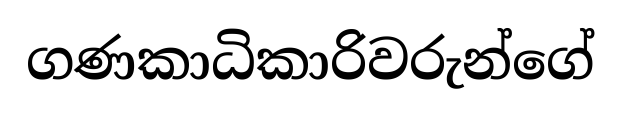
ගණකාධිකාරිවරුන්ගේ